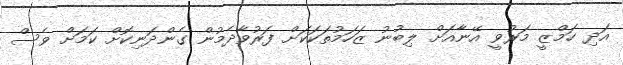
އަދި ހަމްޒީ މަރުވީ އޭނާއަށް ލިބުނު ޒަހަމުތަކަކަށް ފަރުވާދެމުން ގެންދަނިކޮށް ކަމަށް ވެސް